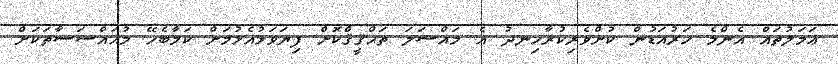
ޢަމަލުތައް އެންމެ ހަރުއަޑުން ކުށްވެރިކުރާހިނދު އެ މައްސަލަ ތަޙްޤީޤްކޮށް ފިޔަވަޅުއެޅުމަށް ކަމާބެހޭ މުއައްސަސާތަކަށް